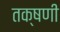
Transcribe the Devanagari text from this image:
तक्षणी